Medical and sanitary report of the native army of Madras for the year
Year: 1877
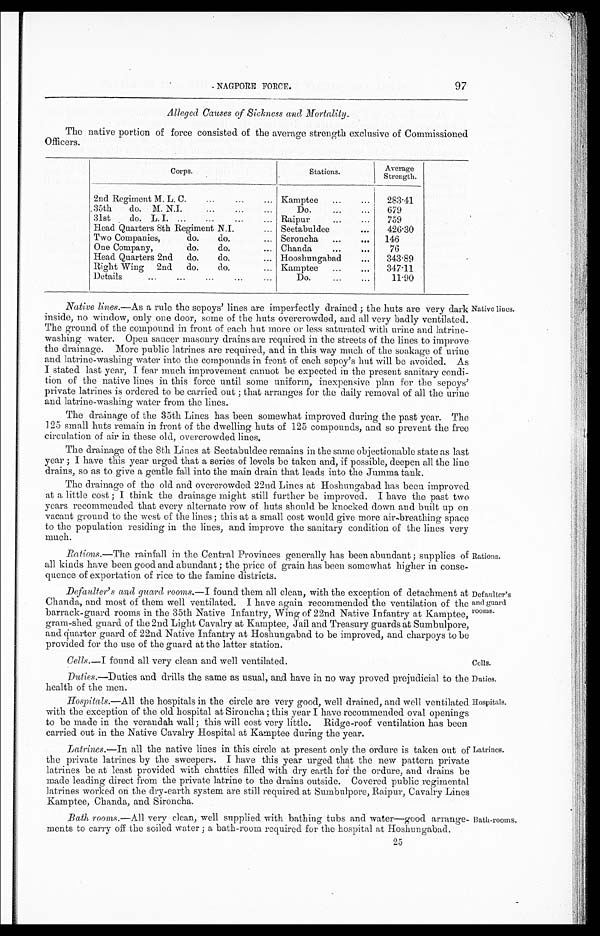
Cells.
Duties.
Hospitals.
97
NAGPORE FORCE.
Alleged Causes of Sickness and Mortality.
The native portion of force consisted of the average strength exclusive of Commissioned
Officers.
Corps.
Stations.
Average
Strength.
2nd Regiment M. L. C.
...
... Kamptee
...
283.41
35th do. M. N.I.
...
...
D o . . .
. . .
679
31st do. L. I.
...
...
... Raipur
...
759
Head Quarters 8th Regiment N.I.
... Seetabuldee
...
426.30
Two Companies, do. do. ... Seroncha
...
...
146
One Company, do. do. ... Chanda
...
. . .
76
Head Quarters 2nd do. do. ... Hooshungabad
. . .
343.89
Right Wing 2nd do. do.
Kamptee
...
...
347.11
Details
...
...
...
...
...
Do.
...
...
11.90
Native lines.—As a rule the sepoys' lines are imperfectly drained; the huts are very dark
inside, no window, only one door, some of the huts overcrowded, and all very badly ventilated.
The ground of the compound in front of each hut more or less saturated with urine and latrine-
washing water. Open saucer masonry drains are required in the streets of the lines to improve
the drainage. More public latrines are required, and in this way much of the soakage of urine
and latrine-washing water into the compounds in front of each sepoy's hut will be avoided. As
I stated last year, I fear much improvement cannot be expected in the present sanitary condi-
tion of the native lines in this force until some uniform, inexpensive plan for the sepoys'
private latrines is ordered to be carried out; that arranges for the daily removal of all the urine
and latrine-washing water from the lines.
The drainage of the 35th Lines has been somewhat improved during the past year. The
125 small huts remain in front of the dwelling huts of 125 compounds, and so prevent the free
circulation of air in these old, overcrowded lines.
The drainage of the 8th Lines at Seetabuldee remains in the same objectionable state as last
year; I have this year urged that a series of levels be taken and, if possible, deepen all the line
drains, so as to give a gentle fall into the main drain that leads into the Jumma tank.
The drainage of the old and overcrowded 22nd Lines at Hoshungabad has been improved
at a little cost; I think the drainage might still further be improved. I have the past two
years recommended that every alternate row of huts should be knocked down and built up on
vacant ground to the west of the lines; this at a small cost would give more air-breathing space
to the population residing in the lines, and improve the sanitary condition of the lines very
much.
Native lines.
Rations.— The rainfall in the Central Provinces generally has been abundant; supplies of
all kinds have been good and abundant; the price of grain has been somewhat higher in conse-
quence of exportation of rice to the famine districts.
Defaulter's and guard rooms.— I found them all clean, with the exception of detachment at
Chanda, and most of them well ventilated. I have again recommended the ventilation of the
barrack-guard rooms in the 35th Native Infantry, Wing of 22nd Native Infantry at Kamptee,
gram-shed guard of the 2nd Light Cavalry at Kamptee, Jail and Treasury guards at Sumbulpore
and quarter guard of 22nd Native Infantry at Hoshungabad to be improved, and charpoys to be
provided for the use of the guard at the latter station.
Cells.— I found all very clean and well ventilated.
Duties .—Duties and drills the same as usual, and have in no way proved prejudicial to the
health of the men.
Hospitals.—All the hospitals in the circle are very good, well drained, and well ventilated
with the exception of the old hospital at Sironcha; this year I have recommended oval opening:
to be made in the verandah wall; this will cost very little. Ridge-roof ventilation has been
carried out in the Native Cavalry Hospital at Kamptee during the year.
Rations.
Defaulter's
and guard
rooms.
Latrines.— In all the native lines in this circle at present only the ordure is taken out of
the private latrines by the sweepers. I have this year urged that the new pattern private
latrines be at least provided with chatties filled with dry earth for the ordure, and drains be
made leading direct from the private latrine to the drains outside. Covered public regimental
latrines worked on the dry-earth system are still required at Sumbulpore, Raipur, Cavalry Lines
Kamptee, Chanda, and Sironcha.
Bath rooms.— All very clean, well supplied with bathing tubs and water—good arrange-
ments to carry off the soiled water; a bath-room required for the hospital at Hoshungabad.
Latrines.
Bath-rooms.
9r,